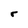
Character: r